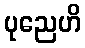
ပုညေဟိ